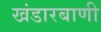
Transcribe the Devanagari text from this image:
खंडारबाणी